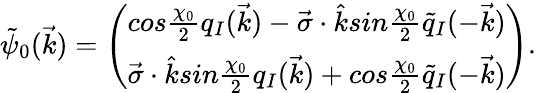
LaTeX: \tilde{\psi}_{0}(\vec{k})=\left(\begin{array}{c}{{cos\frac{\chi_{0}}{2}q_{I}(\vec{k})-\vec{\sigma}\cdot\hat{k}sin\frac{\chi_{0}}{2}\tilde{q}_{I}(-\vec{k})}}\\ {{\vec{\sigma}\cdot\hat{k}sin\frac{\chi_{0}}{2}q_{I}(\vec{k})+cos\frac{\chi_{0}}{2}\tilde{q}_{I}(-\vec{k})}}\end{array}\right).